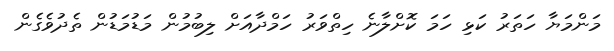
މަންމަޔާ ހަތަރު ކަޅި ހަމަ ކޮށްލާނެ ހިތްވަރު ހަމްދާއަށް ލިބުމުން މަޑުމަޑުން ތެދުވެގެން